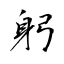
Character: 躬